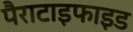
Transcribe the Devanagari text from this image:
पैराटाइफाइड